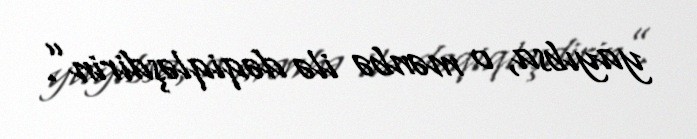
yayıbsa, o mənbə ilə dəqiqləşdirin”.